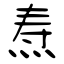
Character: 焘